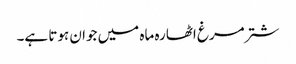
شتر مرغ اٹھارہ ماہ میں جوان ہوتا ہے۔